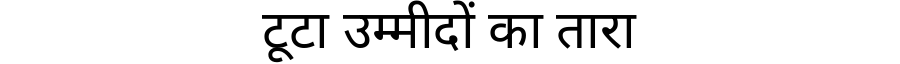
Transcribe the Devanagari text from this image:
टूटा उम्मीदों का तारा